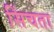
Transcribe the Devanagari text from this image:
सिंचता